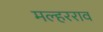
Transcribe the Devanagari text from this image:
मल्हरराव